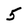
Character: 5